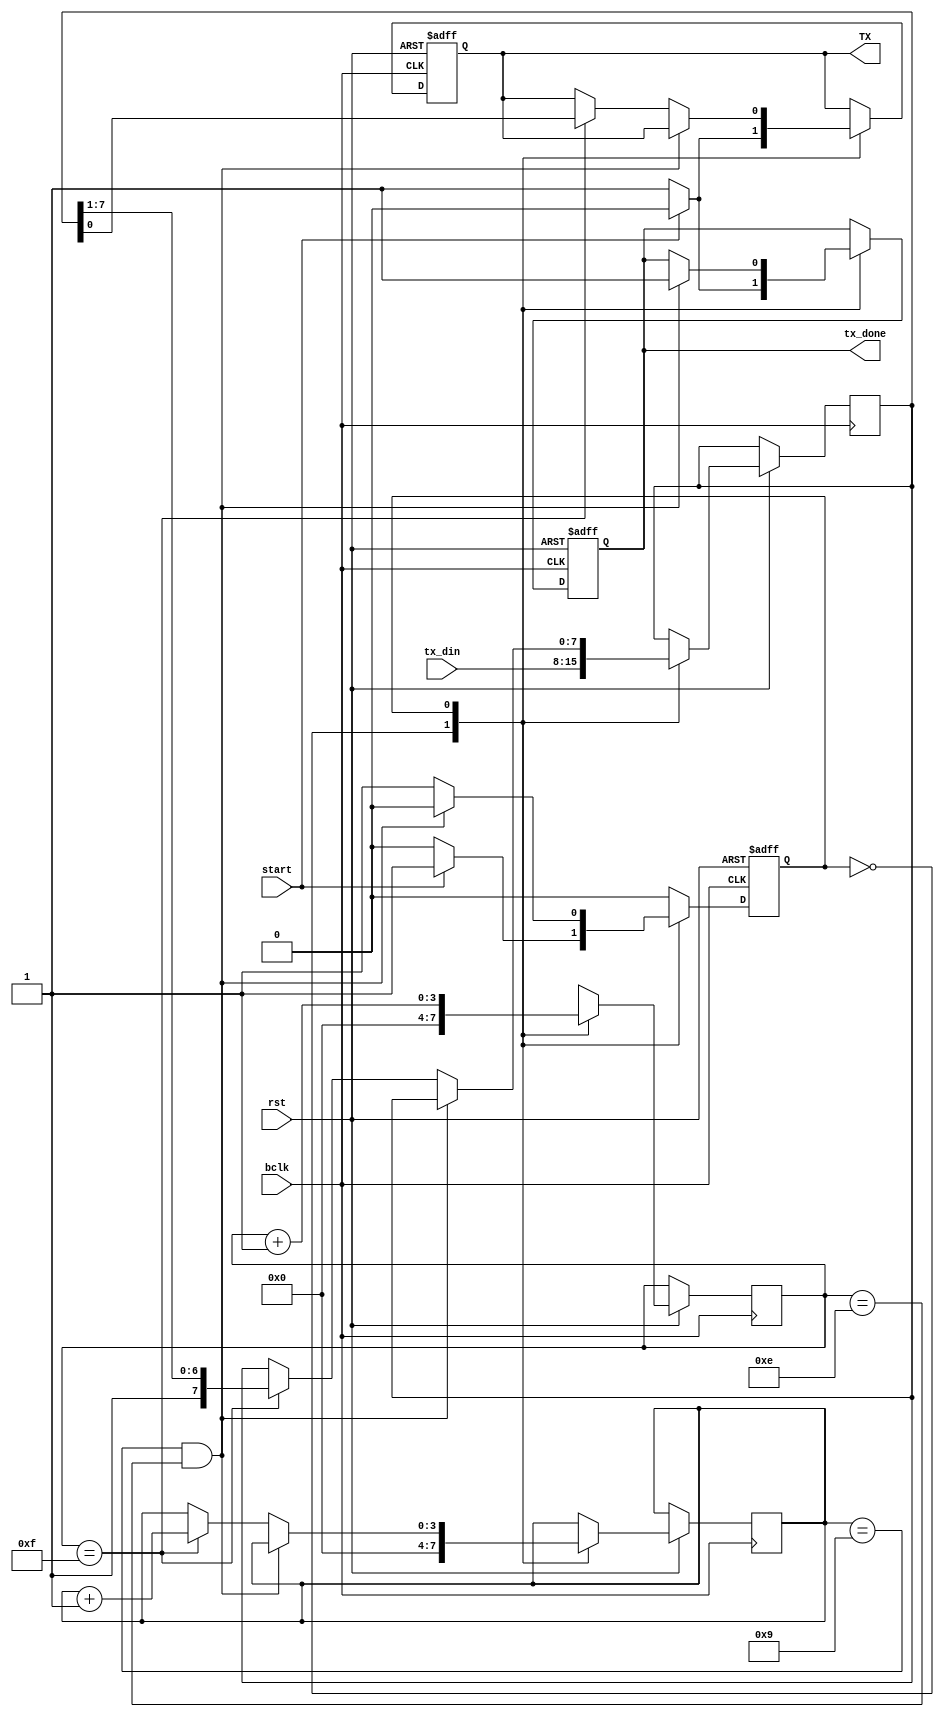
/** charset = ascii **/
module uart_tx(bclk, rst, tx_din, start, tx_done, TX);
	input  bclk,rst,start;
	input  [7:0] tx_din;
	output tx_done,TX;
	reg TX = 1;
	reg tx_done = 1;
	/** internal registers **/
	reg[7:0] data_t;
	reg[3:0] cnt;
	reg[3:0] dcnt;
	reg state = 1'b0;
	
	always @(posedge bclk or negedge rst)
	   if(~rst) begin
			state <= 1'b0;
			tx_done <= 1;
			TX <= 1;
		end
		else 
			case(state)
				1'b0: begin
					dcnt <= 0;
					cnt <= 0;
					data_t <= tx_din;
					if(start == 1) begin
						tx_done <= 0;
						TX <= 0;
						state <= 1'b1;
					end
					else begin
						TX <= 1;
						tx_done <= 1;
					end
				end
				1'b1: begin
					cnt <= cnt+1;
					if(dcnt == 4'b1001 && cnt == 4'b1110) begin 
						tx_done <= 1;
						state <= 1'b0;
					end
					else if(cnt == 4'b1111) begin			     
						{data_t,TX} <= {1'b1,data_t};
						dcnt <= dcnt+1;
					end
				end
			endcase
endmodule